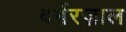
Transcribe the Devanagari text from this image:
बर्गरज़ाल